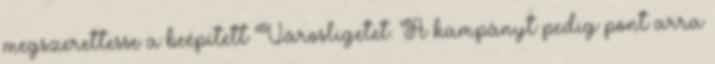
megszerettesse a beépített Városligetet. A kampányt pedig pont arra